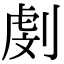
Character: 㓺